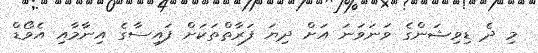
މި ދެ ޑިވިޝަންގެ ވަނަވަނަ އަށް ދިޔަ ފަރާތްތަކަށް ފައިސާގެ އިނާމާއި އެވޯޑް